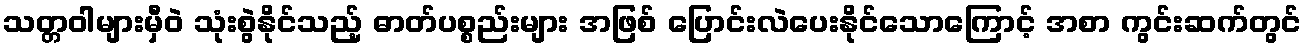
သတ္တဝါများမှီဝဲ သုံးစွဲနိုင်သည့် ဓာတ်ပစ္စည်းများ အဖြစ် ပြောင်းလဲပေးနိုင်သောကြောင့် အစာ ကွင်းဆက်တွင်